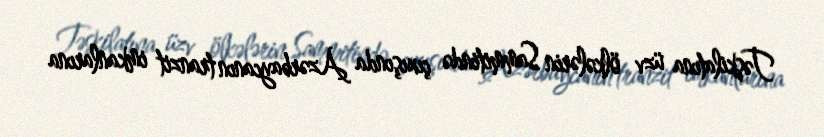
Təşkilatına üzv ölkələrin Sammitində çıxışında Azərbaycanın tranzit imkanlarına